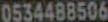
0534488506